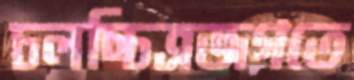
চলচ্চিত্রজগতে